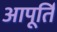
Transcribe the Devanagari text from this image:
आपूर्ति